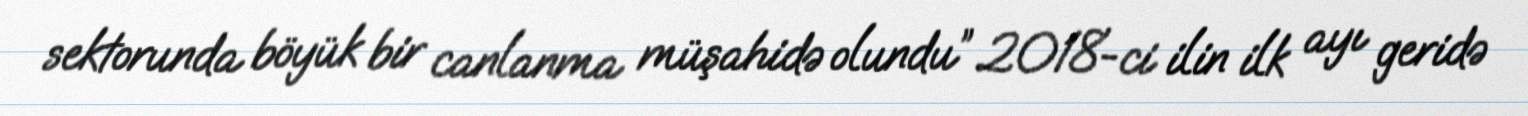
sektorunda böyük bir canlanma müşahidə olundu” 2018-ci ilin ilk ayı geridə